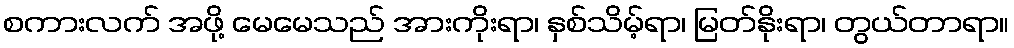
စကားလက် အဖို့ မေမေသည် အားကိုးရာ၊ နှစ်သိမ့်ရာ၊ မြတ်နိုးရာ၊ တွယ်တာရာ။